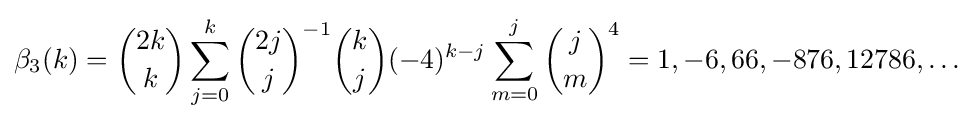
\beta _{3}(k)={\binom {2k}{k}}\sum _{j=0}^{k}{\binom {2j}{j}}^{-1}{\binom {k}{j}}(-4)^{k-j}\sum _{m=0}^{j}{\binom {j}{m}}^{4}=1,-6,66,-876,12786,\ldots